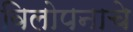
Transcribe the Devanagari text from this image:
विलोपनाचे